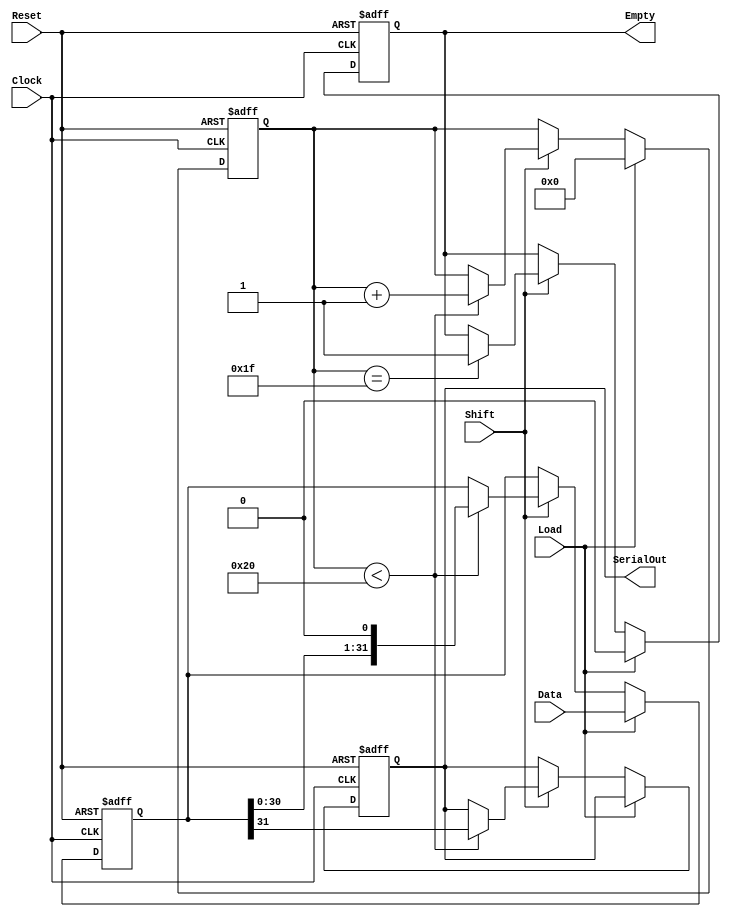
module PISO_Register (
    input wire [31:0] Data,       // 32-bit parallel input data bus
    input wire Load,              // Load control signal
    input wire Shift,             // Shift control signal
    input wire Clock,             // Clock signal
    input wire Reset,             // Asynchronous reset signal
    output reg SerialOut,         // Serial output
    output reg Empty              // Indicates if the register has been fully shifted out
);

    reg [31:0] shift_reg;         // 32-bit shift register
    reg [5:0] bit_counter;        // 6-bit counter to track bits shifted out

    always @(posedge Clock or posedge Reset) begin
        if (Reset) begin
            shift_reg <= 32'b0;    // Clear the shift register
            bit_counter <= 6'b0;    // Clear the bit counter
            SerialOut <= 1'b0;      // Initialize SerialOut
            Empty <= 1'b1;          // Set Empty to high since no data is loaded
        end
        else begin
            if (Load) begin
                shift_reg <= Data;  // Load data into the shift register
                bit_counter <= 6'b0; // Reset counter
                Empty <= 1'b0;       // Set Empty to low since data is loaded
            end
            else if (Shift) begin
                if (bit_counter < 32) begin
                    SerialOut <= shift_reg[31]; // Shift out the MSB
                    shift_reg <= {shift_reg[30:0], 1'b0}; // Shift left
                    bit_counter <= bit_counter + 1; // Increment counter
                end
                if (bit_counter == 31) begin
                    Empty <= 1'b1; // Set Empty flag when all bits have been shifted out
                end
            end
        end
    end

endmodule